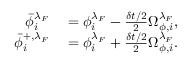
\begin{array} { r l } { \bar { \phi } _ { i } ^ { \lambda _ { F } } } & { { } = { \phi } _ { i } ^ { \lambda _ { F } } - \frac { \delta t / 2 } { 2 } \Omega _ { \phi , i } ^ { \lambda _ { F } } , } \\ { \bar { \phi } _ { i } ^ { + , \lambda _ { F } } } & { { } = { \phi } _ { i } ^ { \lambda _ { F } } + \frac { \delta t / 2 } { 2 } \Omega _ { \phi , i } ^ { \lambda _ { F } } . } \end{array}